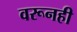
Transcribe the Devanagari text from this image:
वरूनही